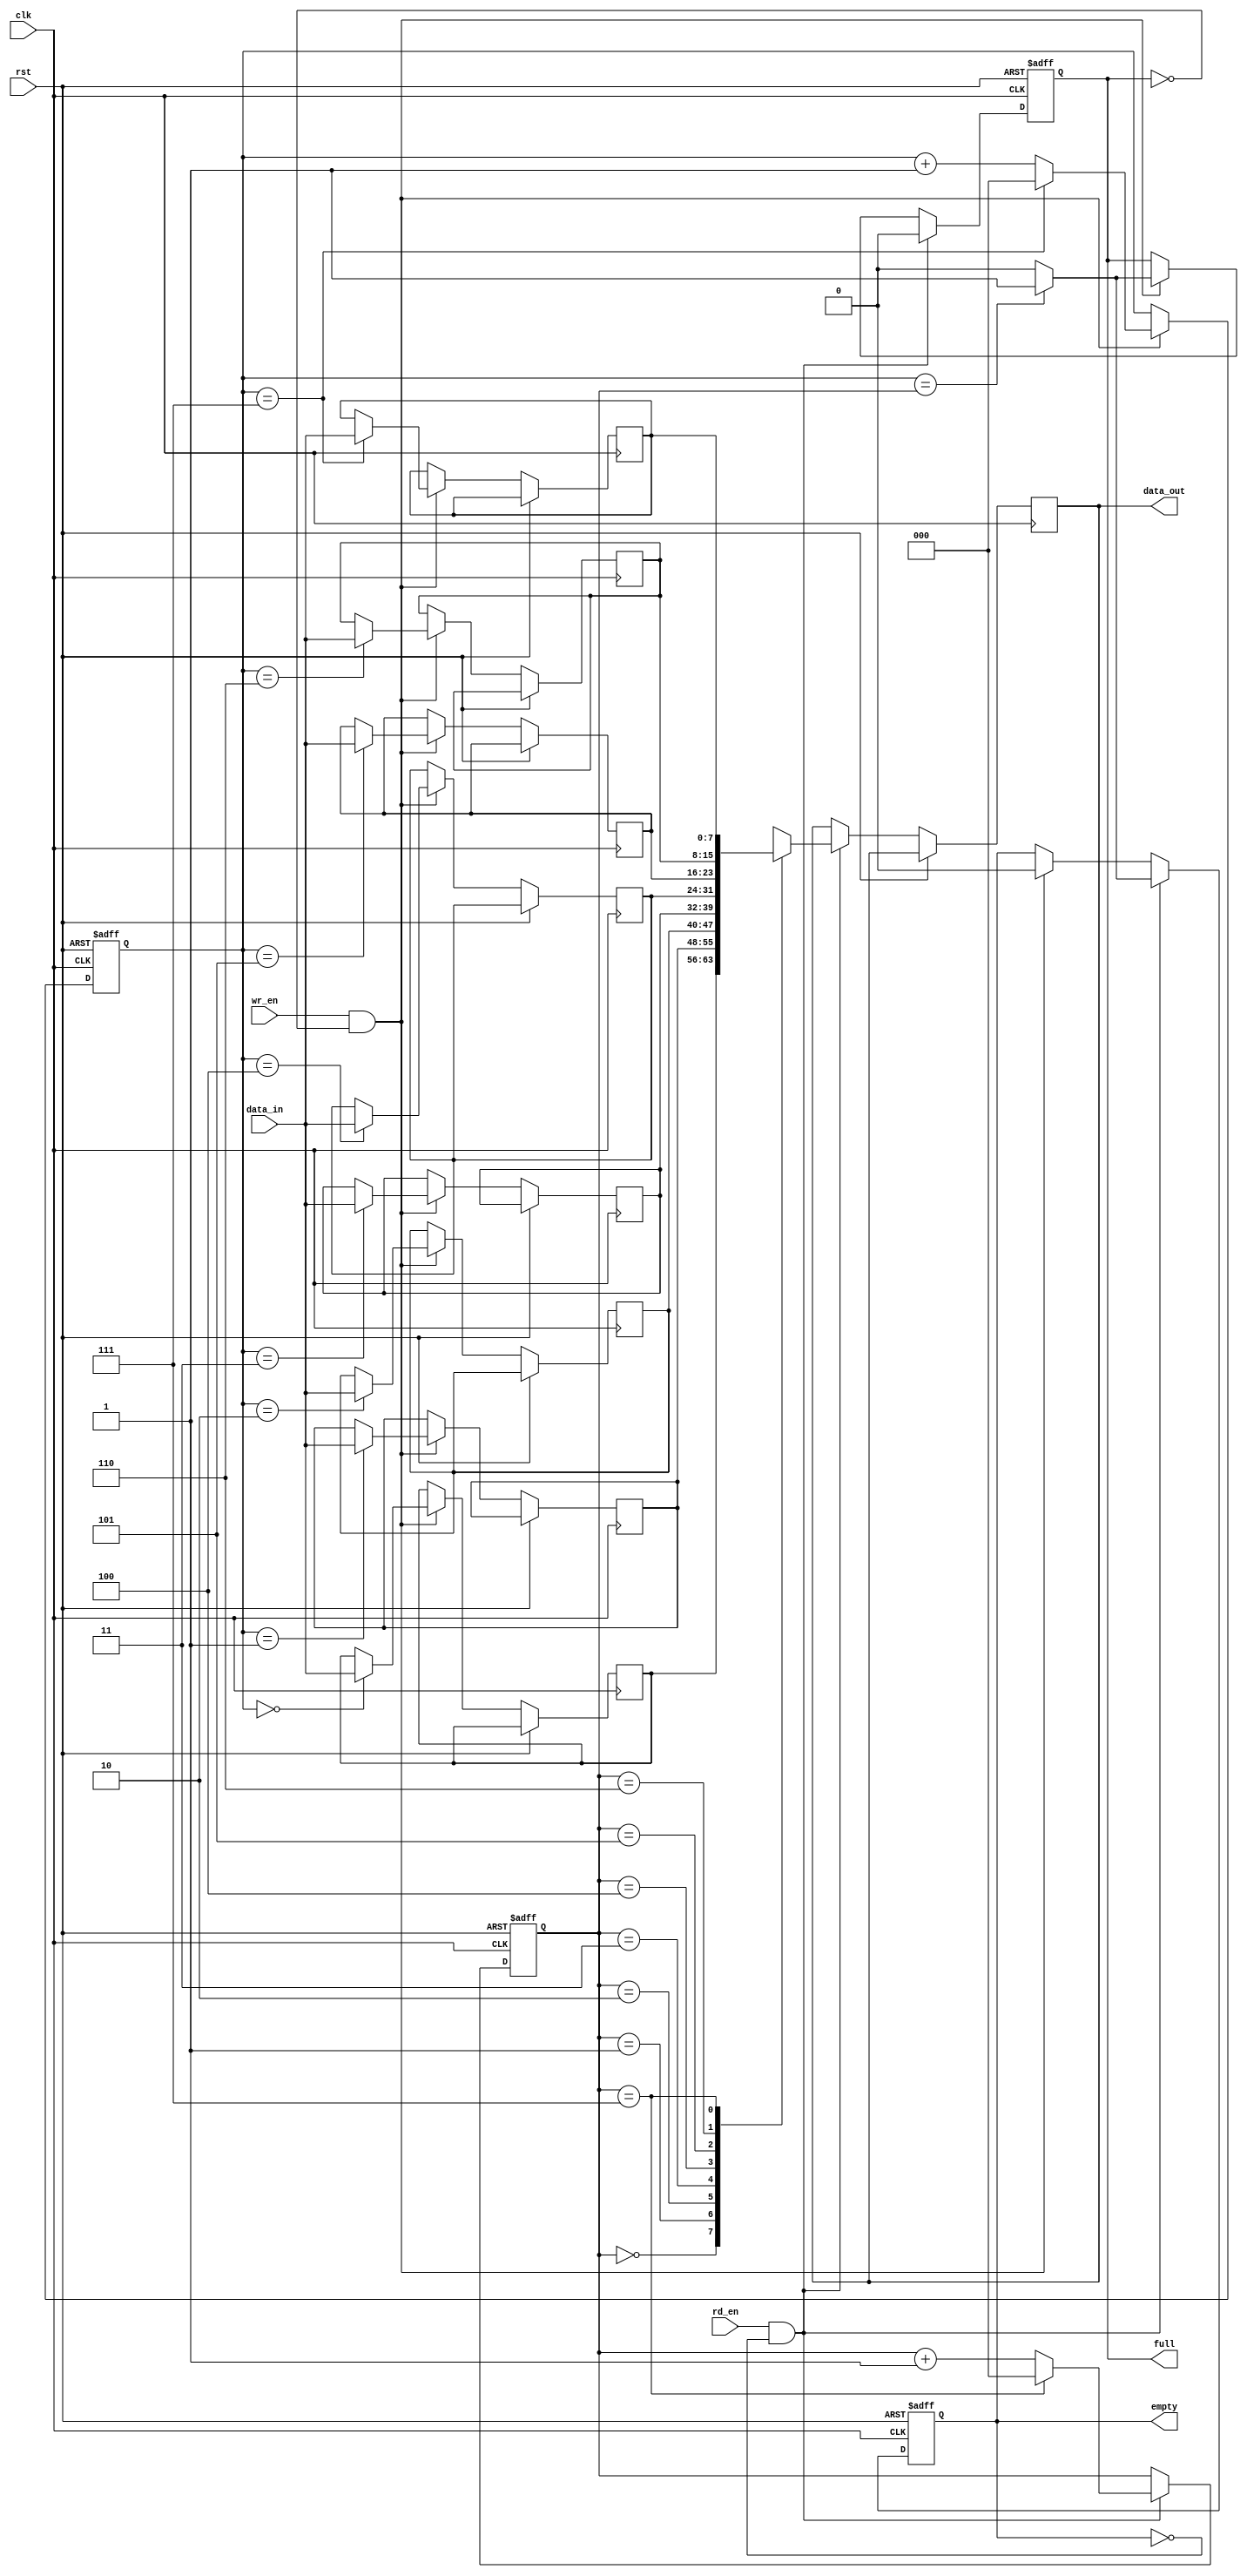
module synchronous_fifo (
    input wire clk,         // clock signal
    input wire rst,         // reset signal
    input wire wr_en,       // write enable signal
    input wire rd_en,       // read enable signal
    input wire [7:0] data_in,  // input data
    output wire [7:0] data_out, // output data
    output wire full,       // full flag
    output wire empty       // empty flag
);

reg [7:0] fifo [0:7];       // FIFO memory with 8 storage locations
reg [2:0] wr_ptr, rd_ptr;   // write and read pointers
reg full, empty;            // flags to indicate status

always @(posedge clk or posedge rst) begin
    if (rst) begin
        wr_ptr <= 3'b000;   // reset write pointer to 0
        rd_ptr <= 3'b000;   // reset read pointer to 0
        full <= 1'b0;       // FIFO is not full
        empty <= 1'b1;      // FIFO is empty
    end else begin
        if (wr_en && !full) begin
            fifo[wr_ptr] <= data_in;    // write data to FIFO
            wr_ptr <= (wr_ptr == 3'b111) ? 3'b000 : wr_ptr + 1;  // update write pointer
            full <= (wr_ptr == rd_ptr) ? 1'b1 : 1'b0;   // check if FIFO is full
            empty <= 1'b0;  // FIFO is not empty
        end
        if (rd_en && !empty) begin
            data_out <= fifo[rd_ptr];   // read data from FIFO
            rd_ptr <= (rd_ptr == 3'b111) ? 3'b000 : rd_ptr + 1;  // update read pointer
            empty <= (wr_ptr == rd_ptr) ? 1'b1 : 1'b0;  // check if FIFO is empty
            full <= 1'b0;   // FIFO is not full
        end
    end
end

endmodule